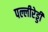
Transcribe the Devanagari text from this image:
पल्लीरेड्डी